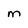
Character: M